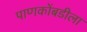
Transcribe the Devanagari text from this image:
पाणकोंबडीला